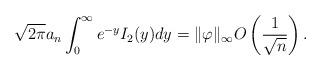
LaTeX: \begin{align*}\sqrt{2\pi} a_n \int_0^{\infty} e^{- y} I_2(y) dy = \|\varphi\|_{\infty} O \left( \frac{1}{\sqrt{n}} \right). \end{align*}